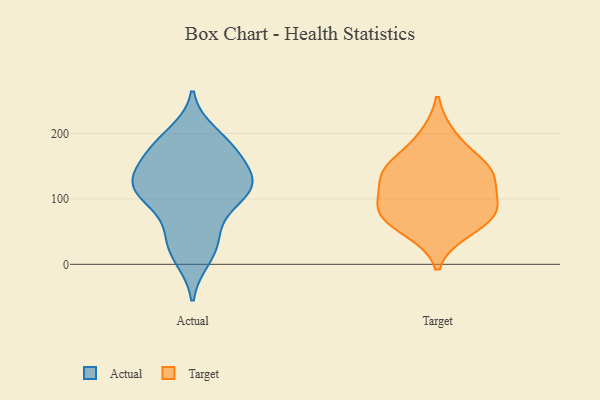
{"axis": {"x": "Net Income (USD K)", "y": "Value"}, "legend": ["Actual", "Target"], "data": [{"x": "", "y": 10, "type": "Actual"}, {"x": "", "y": 183, "type": "Actual"}, {"x": "", "y": 90, "type": "Actual"}, {"x": "", "y": 146, "type": "Actual"}, {"x": "", "y": 164, "type": "Actual"}, {"x": "", "y": 199, "type": "Actual"}, {"x": "", "y": 46, "type": "Actual"}, {"x": "", "y": 114, "type": "Actual"}, {"x": "", "y": 133, "type": "Actual"}, {"x": "", "y": 122, "type": "Actual"}, {"x": "", "y": 119, "type": "Actual"}, {"x": "", "y": 115, "type": "Actual"}, {"x": "", "y": 118, "type": "Actual"}, {"x": "", "y": 20, "type": "Actual"}, {"x": "", "y": 174, "type": "Actual"}, {"x": "", "y": 106, "type": "Actual"}, {"x": "", "y": 44, "type": "Actual"}, {"x": "", "y": 182, "type": "Actual"}, {"x": "", "y": 91, "type": "Target"}, {"x": "", "y": 78, "type": "Target"}, {"x": "", "y": 128, "type": "Target"}, {"x": "", "y": 145, "type": "Target"}, {"x": "", "y": 52, "type": "Target"}, {"x": "", "y": 90, "type": "Target"}, {"x": "", "y": 69, "type": "Target"}, {"x": "", "y": 148, "type": "Target"}, {"x": "", "y": 196, "type": "Target"}, {"x": "", "y": 144, "type": "Target"}]}